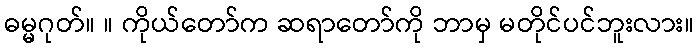
ဓမ္မဂုတ်။ ။ ကိုယ်တော်က ဆရာတော်ကို ဘာမှ မတိုင်ပင်ဘူးလား။